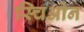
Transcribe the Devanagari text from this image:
स्चिओन